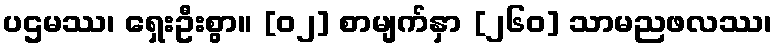
ပဌမဿ၊ ရှေးဦးစွာ။ [၀၂] စာမျက်နှာ [၂၆၀] သာမညဖလဿ၊